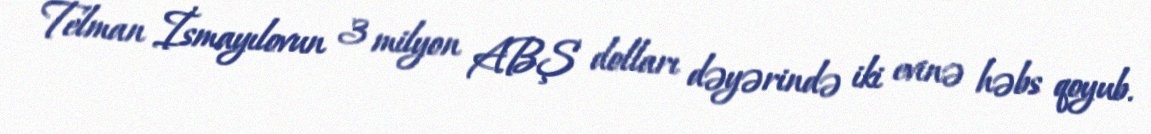
Telman İsmayılovun 3 milyon ABŞ dolları dəyərində iki evinə həbs qoyub.